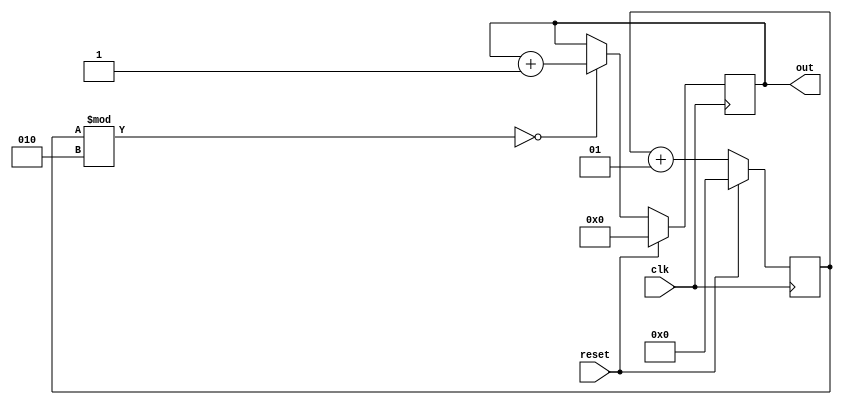
module skip_counter    (
out     ,  // Output of the counter
// enable for counter
clk     ,  // clock Input
reset      // reset Input
);
output [12:0] out;
input  clk, reset;
reg [12:0] out;
integer i = 0;
always @(posedge (clk))
begin 
if (reset)
 begin
  out <= 13'b0 ;
  i <= 0;
 end 
 else
  begin
    if((i%2) == 0)
    begin   
      out <= out + 1;
      i <= i + 1;
    end
    else
      i <= i + 1;
  end
end

endmodule